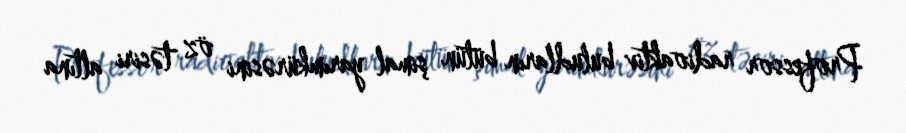
Professor radioaktiv buludların bütün şimal yarımkürəsini öz təsiri altına